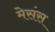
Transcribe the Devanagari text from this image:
मेसंस